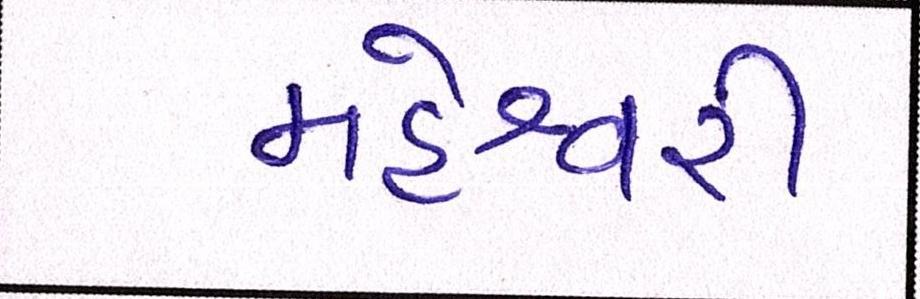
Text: મહેશ્વરી